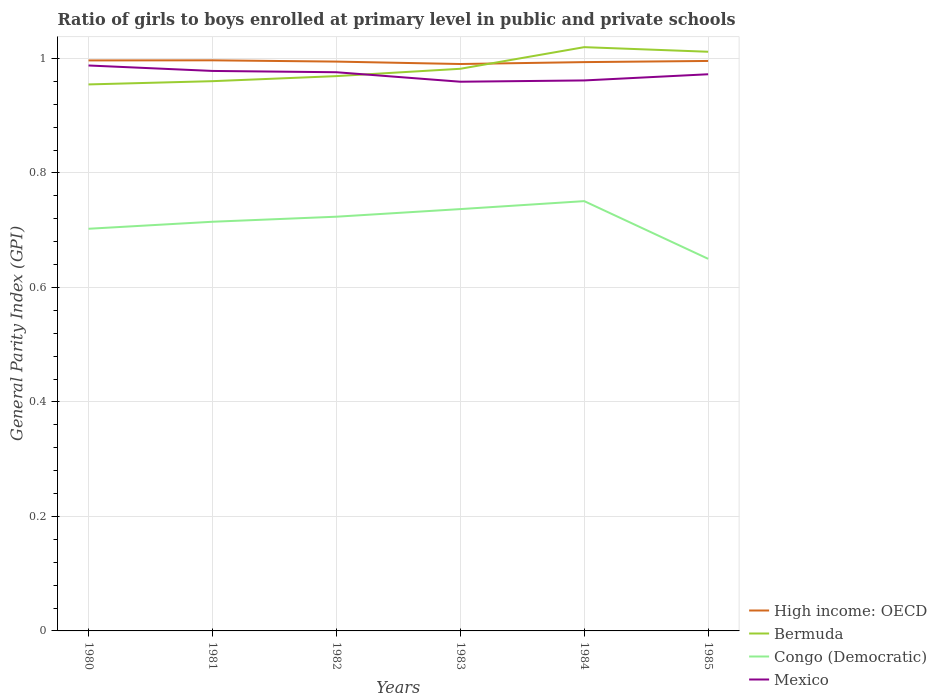
| Years | High income: OECD | Bermuda | Congo (Democratic) | Mexico |
 | --- | --- | --- | --- | --- |
 | 1980 | 0.997 | 0.955 | 0.703 | 0.988 |
 | 1981 | 0.997 | 0.96 | 0.715 | 0.978 |
 | 1982 | 0.995 | 0.969 | 0.724 | 0.976 |
 | 1983 | 0.99 | 0.982 | 0.737 | 0.959 |
 | 1984 | 0.994 | 1.02 | 0.751 | 0.962 |
 | 1985 | 0.996 | 1.01 | 0.65 | 0.972 |